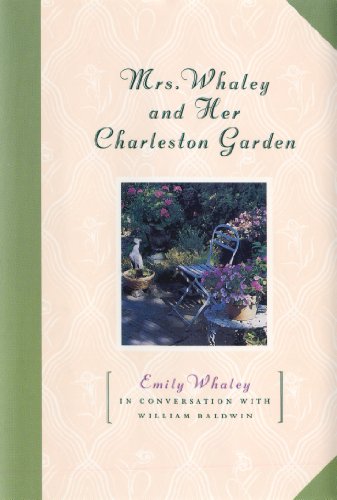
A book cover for Mrs. Whaley and Her Charleston Garden; Emily Whaley; Crafts, Hobbies & Home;